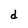
Character: d